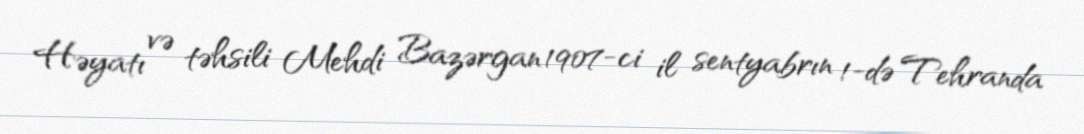
Həyatı və təhsili Mehdi Bazərgan 1907-ci il sentyabrın 1-də Tehranda